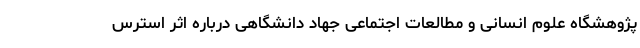
پژوهشگاه علوم انسانی و مطالعات اجتماعی جهاد دانشگاهی درباره اثر استرس